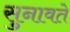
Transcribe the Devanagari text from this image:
सुनावते